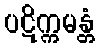
ပဋိက္ကမန္တံ